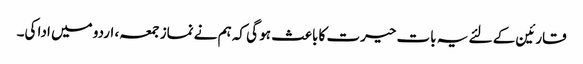
قارئین کے لئے یہ بات حیرت کا باعث ہو گی کہ ہم نے نماز جمعہ، اردو میں ادا کی۔